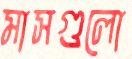
মাসগুলো